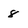
Character: 8